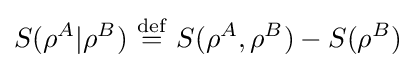
S(\rho ^{A}|\rho ^{B})\ {\stackrel {\mathrm {def} }{=}}\ S(\rho ^{A},\rho ^{B})-S(\rho ^{B})